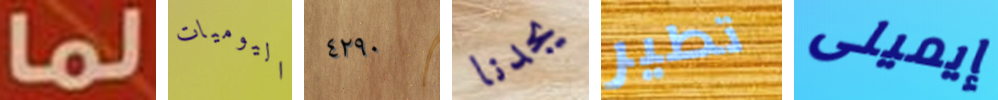
لما اليوميات ٤٢٩٠ يجدنا تطير إيميلى